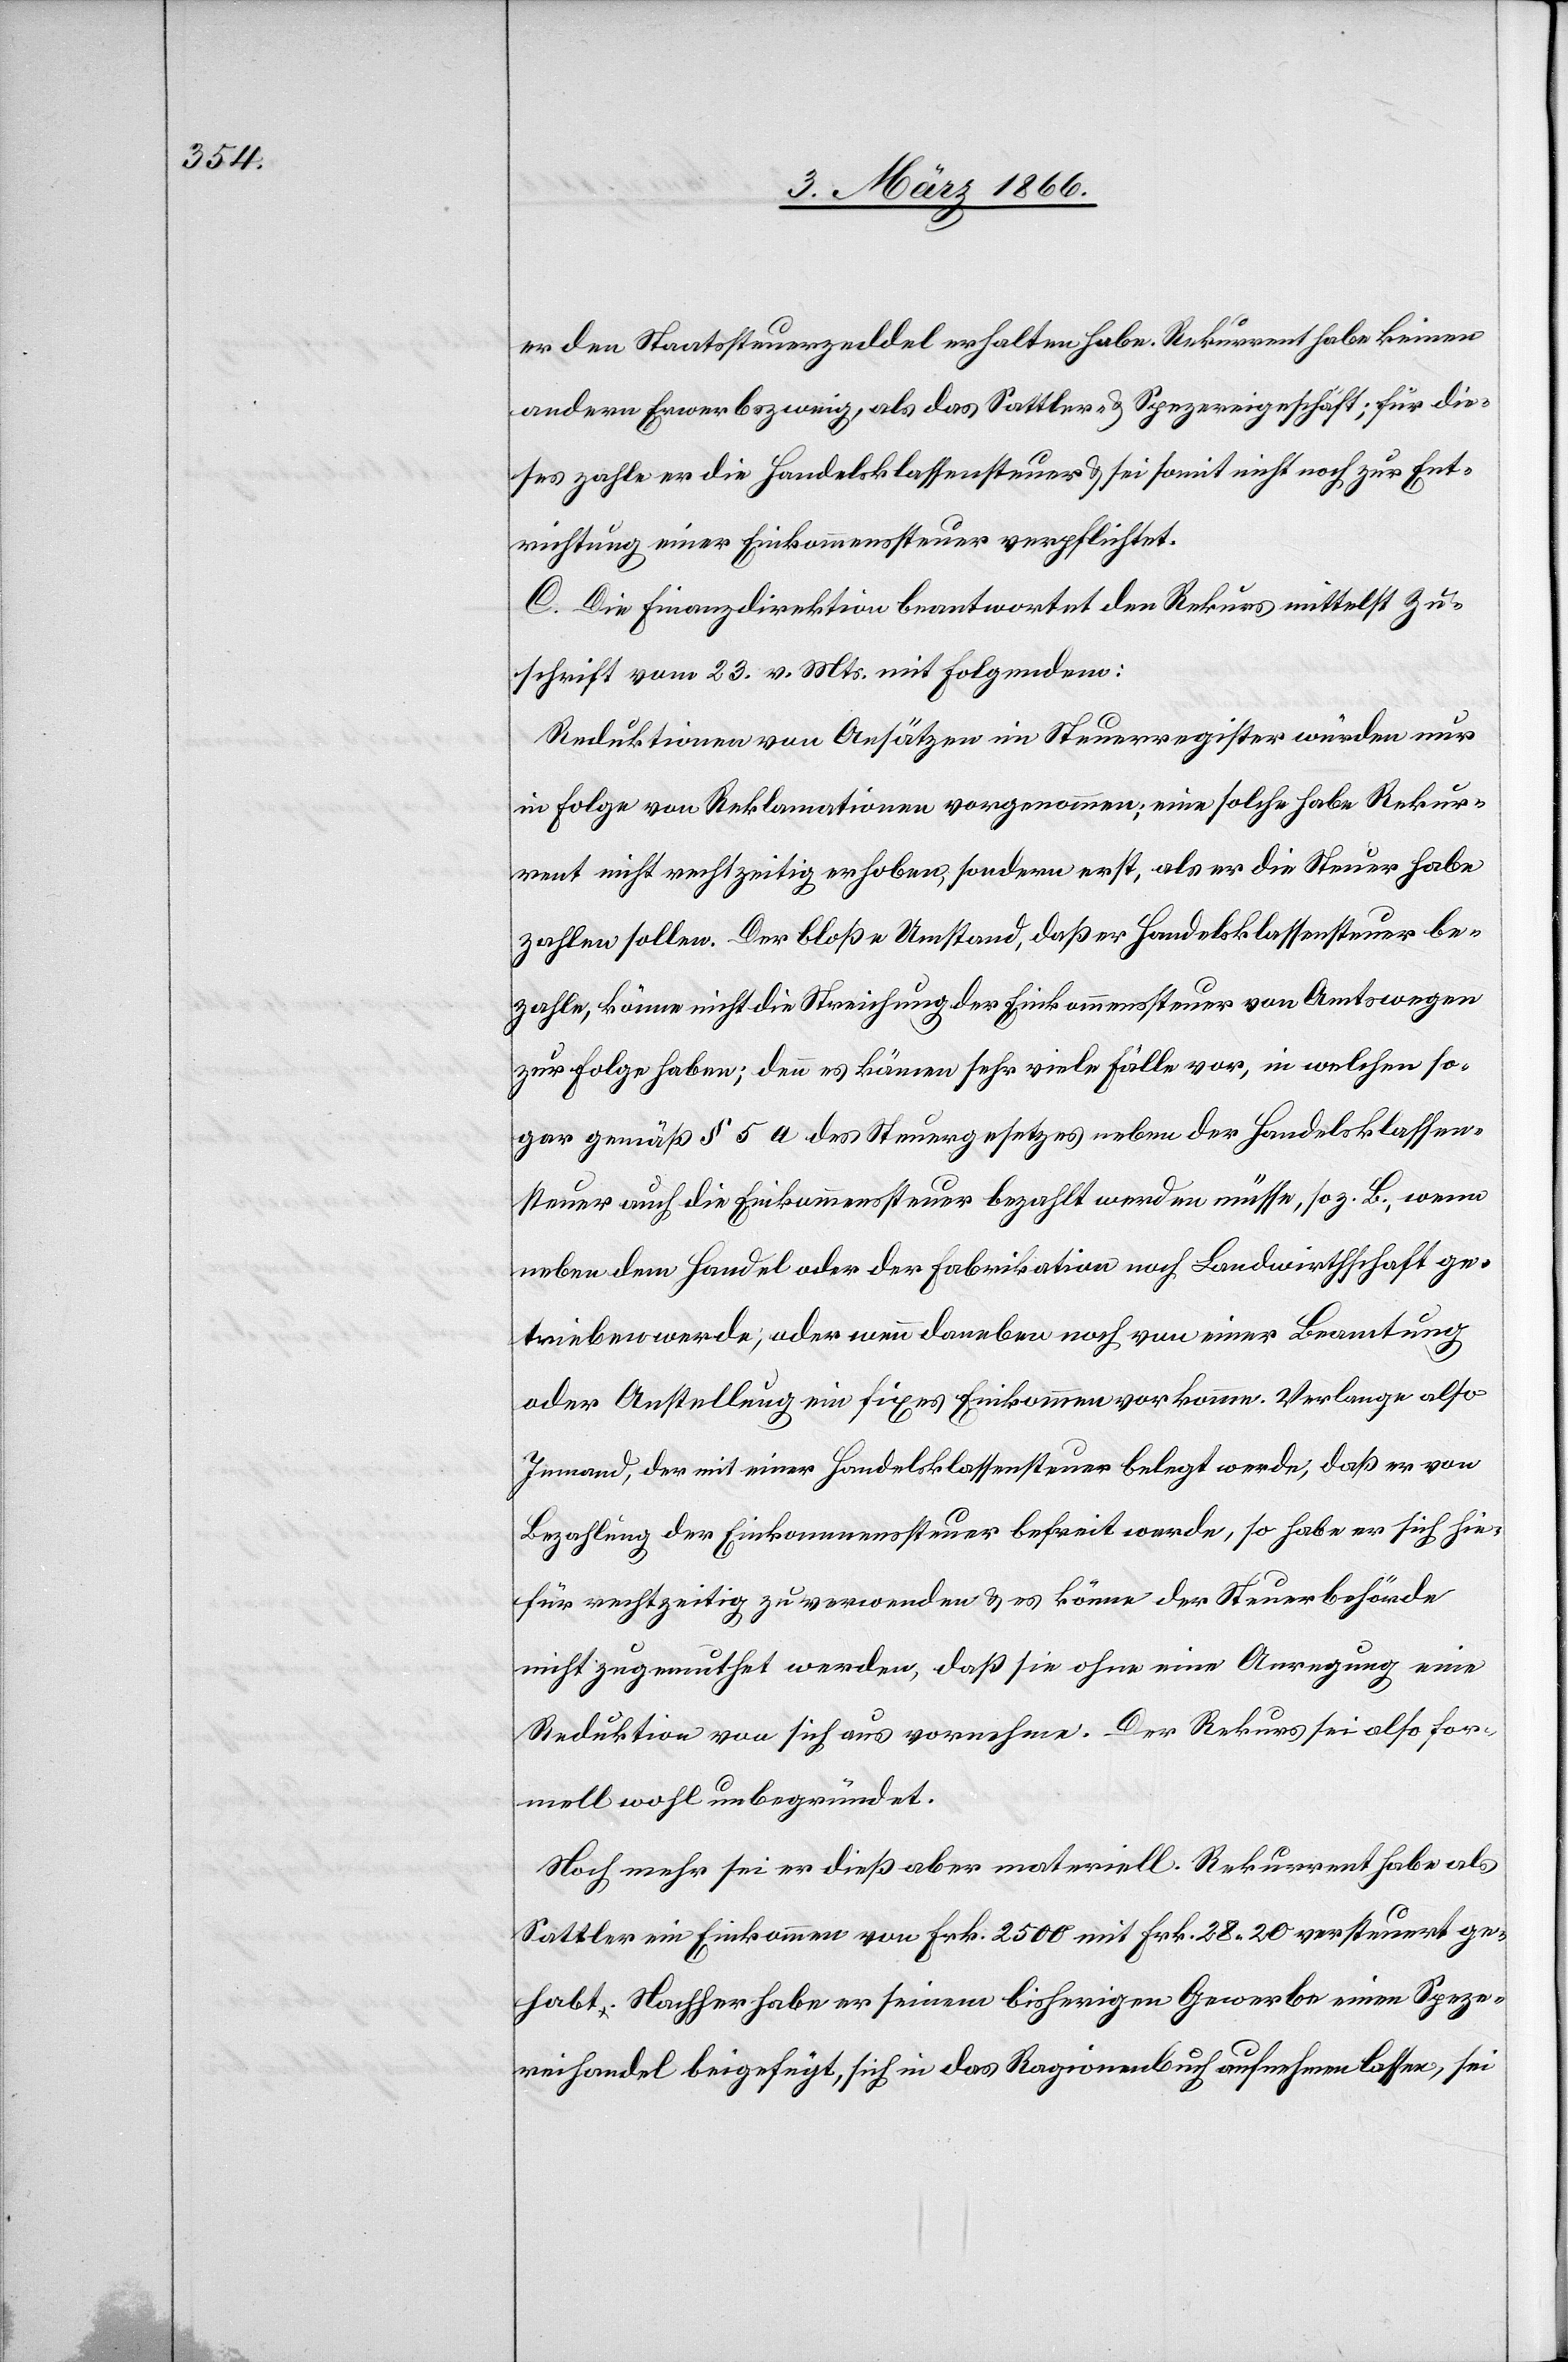
er den Staatssteuerzeddel erhalten habe. Rekurrent habe keinen
andern Erwerbszweig, als das Sattler- u- Spezereiwaarengeschäft; für die¬
ses zahle er die Handelsklassensteuer u. sei somit nicht noch zur Ent¬
richtung einer Einkommenssteuer verpflichtet.
C. Die Finanzdirektion beantwortet den Rekurs mittelst Zu¬
schrift vom 23. v. Mts. mit Folgendem:
Reduktionen von Ansätzen im Steuerregister würden nur
in Folge von Reklamationen vorgenommen; eine solche habe Rekur¬
rent nicht rechtzeitig erhoben, sondern erst, als er die Steuer habe
zahlen sollen. Der bloße Umstand, daß er Handelsklassensteuer be¬
zahle, könne nicht die Streichung der Einkommenssteuer von Amts wegen
zur Folge haben; denn es kämen sehr viele Fälle vor, in welchen so¬
gar gemäß § 5 des Steuergesetzes neben der Handelsklassen¬
steuer auch die Einkommenssteuer bezahlt werden müsse, so z. B., wenn
neben dem Handel oder der Fabrikation noch Landwirthschaft ge¬
trieben werde; oder wenn daneben noch von einer Beamtung
oder Anstellung ein fixes Einkommen vorkomme. Verlange also
Jemand, der mit einer Handelsklassensteuer belegt werde, daß er von
Bezahlung der Einkommenssteuer befreit werde, so habe er sich hie¬
für rechtzeitig zu verwenden u. es könne der Steuerbehörde
nicht zugemuthet werden, daß die ohne eine Anregung eine
Reduktion von sich aus vornehme. Der Rekurs sei also for¬
mell wohl unbegründet.
Noch mehr sei dieß aber materiell. Rekurrent habe als
Sattler ein Einkommen von Frk. 2500 mit Frk. 28, 20 versteuert ge¬
habt. Nachher habe er seinem bisherigen Gewerbe einen Speze¬
reihandel beigefügt, sich in das Ragionenbuch aufnehmen lassen, sei